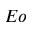
E o